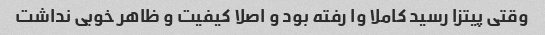
وقتی پیتزا رسید کاملا وا رفته بود و اصلا کیفیت و ظاهر خوبی نداشت